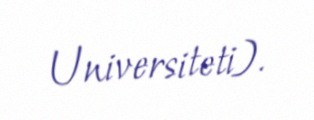
Universiteti).